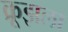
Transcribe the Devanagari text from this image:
क्रूझला